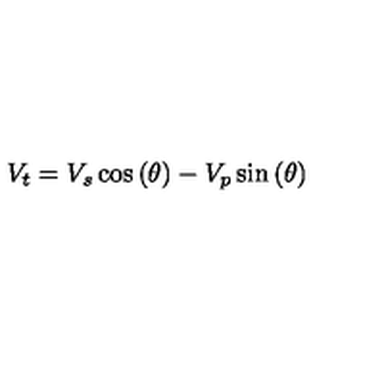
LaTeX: V _ { t } = V _ { s } \cos \left( \theta \right) - V _ { p } \sin \left( \theta \right)